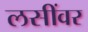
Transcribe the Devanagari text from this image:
लसींवर